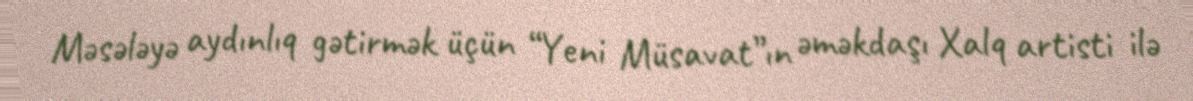
Məsələyə aydınlıq gətirmək üçün “Yeni Müsavat”ın əməkdaşı Xalq artisti ilə